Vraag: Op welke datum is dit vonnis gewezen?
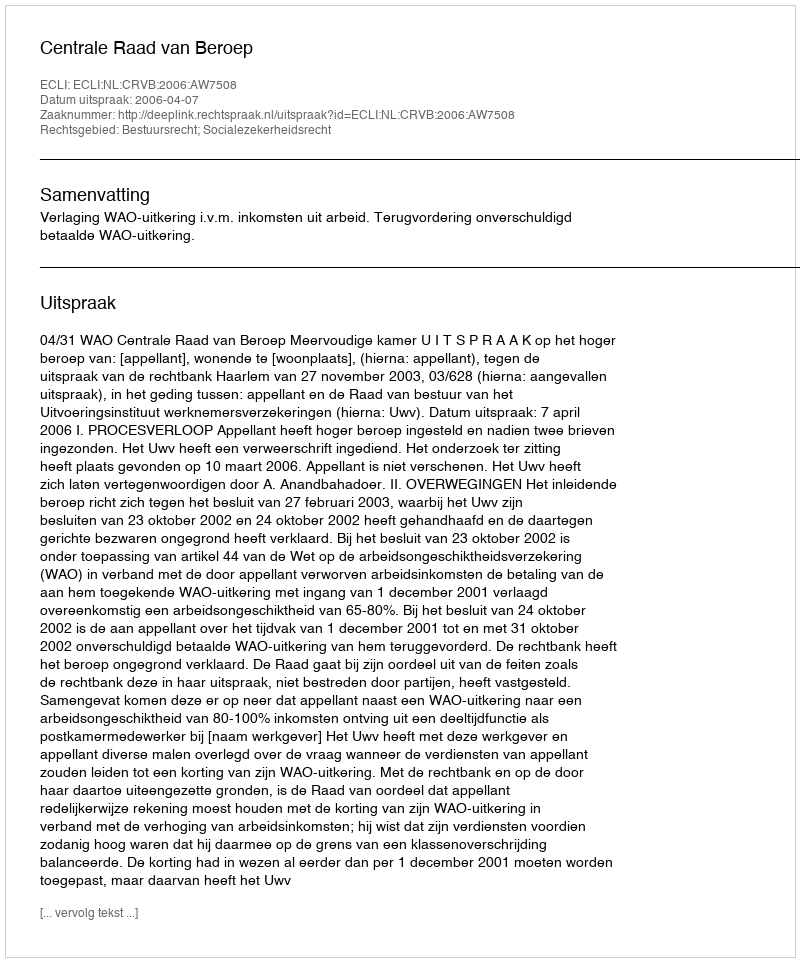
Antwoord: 2006-04-07